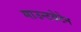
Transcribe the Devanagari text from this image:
माउन्टबेटेन